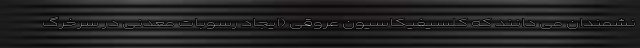
نشمندان می دانند که کلسیفیکاسیون عروقی (ایجاد رسوبات معدنی در سرخرگ